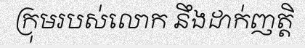
ក្រុមរបស់លោក នឹងដាក់ញត្តិ